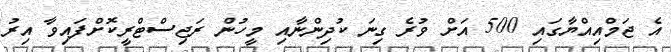
އެ ޖަމްއިއްޔާގައި 500 އަށް ވުރެ ގިނަ ކުދިންނާއި މީހުން ރަޖިސްޓްރީކޮށްފައިވާ އިރު